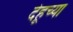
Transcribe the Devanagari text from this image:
देहूच्या